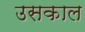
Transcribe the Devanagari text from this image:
उसकाल